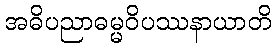
အဓိပညာဓမ္မဝိပဿနာယာတိ